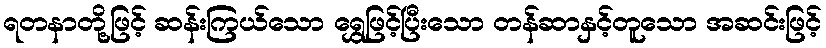
ရတနာတို့ဖြင့် ဆန်းကြယ်သော ရွှေဖြင့်ပြီးသော တန်ဆာနှင့်တူသော အဆင်းဖြင့်